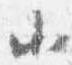
小